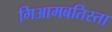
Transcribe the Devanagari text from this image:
गिआमबतिस्ता